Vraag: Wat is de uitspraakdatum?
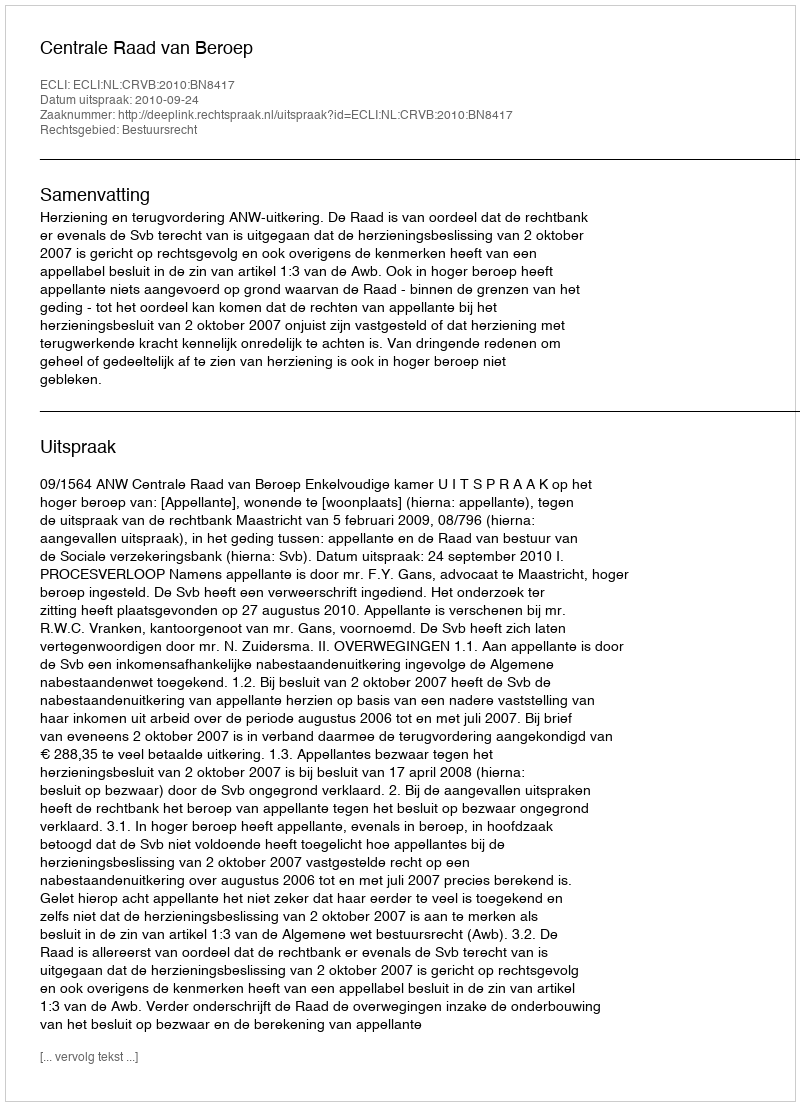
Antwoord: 2010-09-24